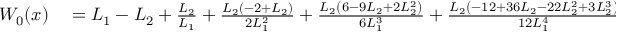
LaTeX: \begin{array} { r l } { W _ { 0 } ( x ) } & { { } = L _ { 1 } - L _ { 2 } + { \frac { L _ { 2 } } { L _ { 1 } } } + { \frac { L _ { 2 } \left( - 2 + L _ { 2 } \right) } { 2 L _ { 1 } ^ { 2 } } } + { \frac { L _ { 2 } \left( 6 - 9 L _ { 2 } + 2 L _ { 2 } ^ { 2 } \right) } { 6 L _ { 1 } ^ { 3 } } } + { \frac { L _ { 2 } \left( - 1 2 + 3 6 L _ { 2 } - 2 2 L _ { 2 } ^ { 2 } + 3 L _ { 2 } ^ { 3 } \right) } { 1 2 L _ { 1 } ^ { 4 } } } + \cdots } \end{array}